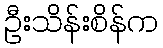
ဦးသိန်းစိန်က